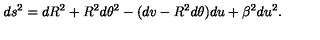
d s ^ { 2 } = d R ^ { 2 } + R ^ { 2 } d \theta ^ { 2 } - ( d v - R ^ { 2 } d \theta ) d u + \beta ^ { 2 } d u ^ { 2 } .